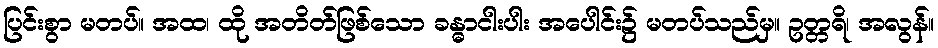
ပြင်းစွာ မတပ်။ အထ၊ ထို အတိတ်ဖြစ်သော ခန္ဓာငါးပါး အပေါင်း၌ မတပ်သည်မှ။ ဥတ္တရိ၊ အလွန်။